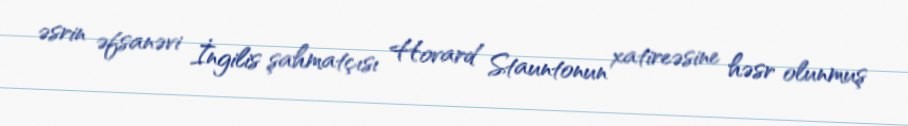
əsrin əfsanəvi İngilis şahmatçısı Hovard Stauntonun xatireəsine həsr olunmuş